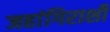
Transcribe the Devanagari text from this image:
जहांगिराशी